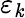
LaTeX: \varepsilon_{\mathit{k}}